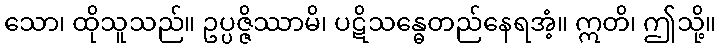
သော၊ ထိုသူသည်။ ဥပ္ပဇ္ဇိဿာမိ၊ ပဋိသန္ဓေတည်နေရအံ့။ ဣတိ၊ ဤသို့။